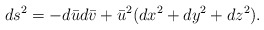
\begin{align*}ds^2=-d\bar{u}d\bar{v}+\bar{u}^2(dx^2+dy^2+dz^2) .\end{align*}